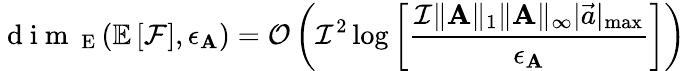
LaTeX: \mathrm{~d~i~m~}_{\mathrm{~E~}}(\mathbb{E}\left[\mathcal{F}\right],\epsilon_{\mathbf{A}})=\mathcal{O}\left(\mathcal{I}^{2}\log\left[\frac{\mathcal{I}\| \mathbf{A}\| _{1}\| \mathbf{A}\| _{\infty}|\vec{a}|_{\operatorname*{max}}}{\epsilon_{\mathbf{A}}}\right]\right)